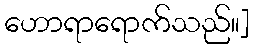
ဟောရာရောက်သည်။]